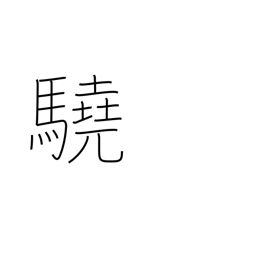
Meaning: ferocious